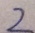
2